Lunatic asylums Punjab 1868-1880 - 1868-1880
Year: 1868
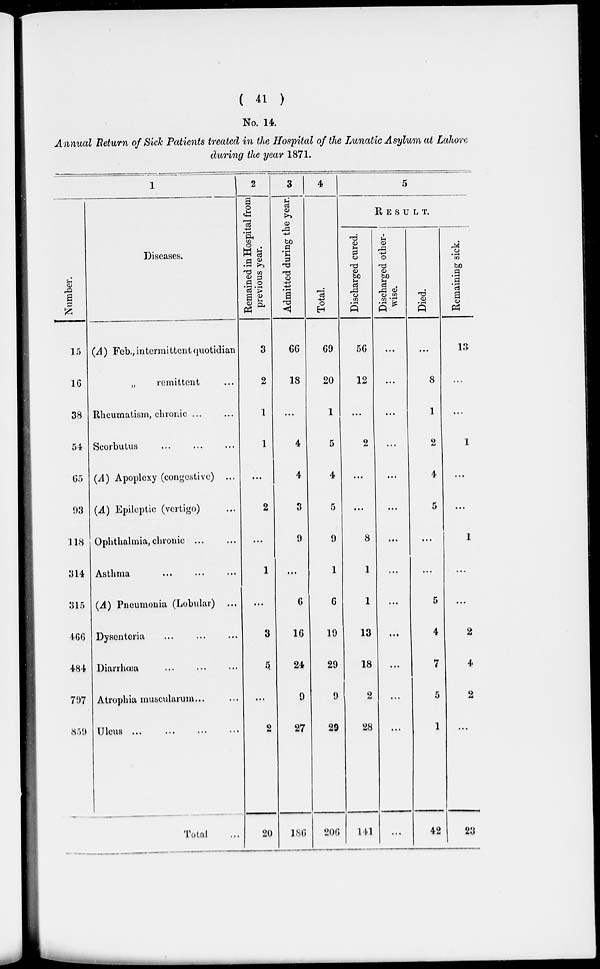
( 41 )
No. 14.
Annual Return of Sick Patients treated in the Hospital of the Lunatic Asylum at Lahore
during the year 1871.
Number
15
16
38
54
65
93
118
314
315
466
484
797
859
1
Diseases.
(A) Feb., intermittent quotidian
„
remittent ...
Rheumatism, chronic...
...
Scorbutus
...
...
...
(A) Apoplexy (congestive) ...
(A) Epileptic (vertigo) ...
Ophthalmia, chronic
...
...
Asthma
...
(A) Pneumonia (Lobular) ...
Dysenteria
...
...
...
Diarrhœa
...
...
....
Atrophia muscularum ... ...
Ulcus
...
...
...
...
Total ...
2
Remained in Hospital from
previous year.
3
2
1
1
...
2
...
1
...
3
5
...
2
20
3
Admitted during the year.
66
18
...
4
4
3
9
...
6
16
24
9
27
186
4
Total.
69
20
1
5
4
5
9
1
6
19
29
9
29
206
5
RESULT.
Discharged cured.
56
12
...
2
...
...
8
1
1
13
18
2
28
141
Discharged other-
wise.
...
...
...
...
...
...
...
...
...
...
...
...
...
...
Died.
...
8
1
2
4
5
...
...
5
4
7
5
1
42
Remaining sick.
13
...
...
1
...
...
1
...
...
2
4
2
...
23